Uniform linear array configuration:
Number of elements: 4
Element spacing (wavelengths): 0.5
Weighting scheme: binomial
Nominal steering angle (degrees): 45
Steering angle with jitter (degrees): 46.618
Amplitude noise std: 0.05
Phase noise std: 0.05

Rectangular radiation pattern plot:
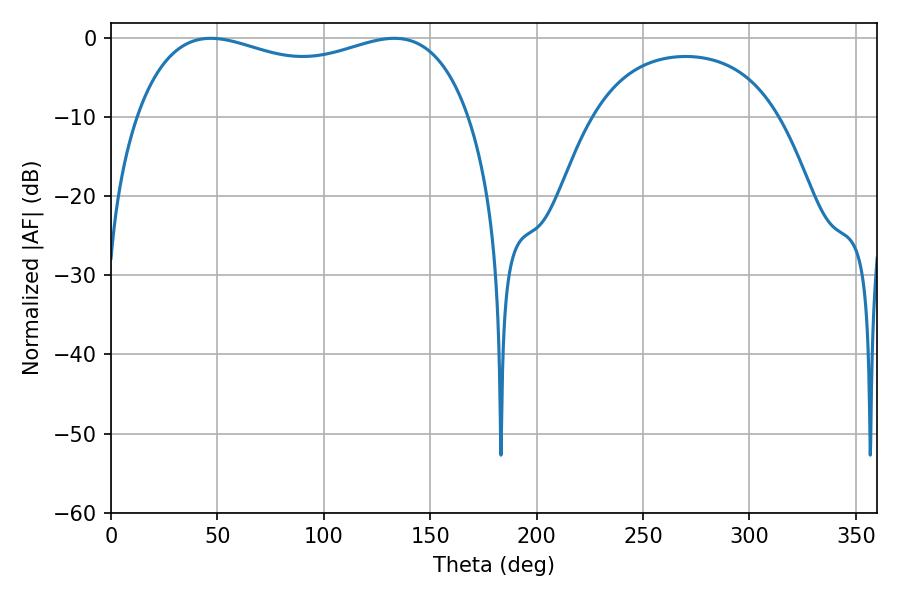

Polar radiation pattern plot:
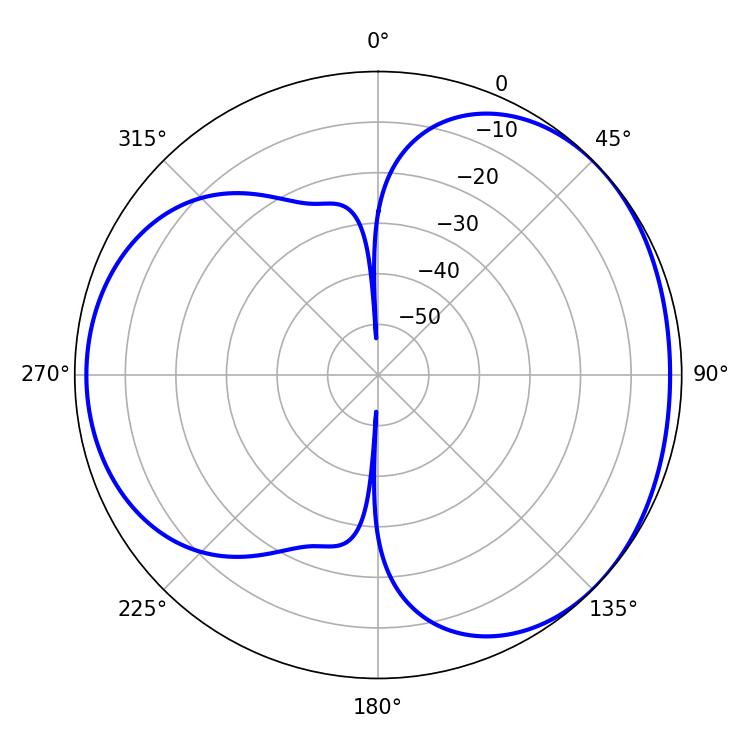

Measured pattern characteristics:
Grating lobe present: FALSE
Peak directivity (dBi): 3.602
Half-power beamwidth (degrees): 129.24
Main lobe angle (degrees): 46.8